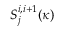
S _ { j } ^ { i , i + 1 } ( \kappa )